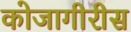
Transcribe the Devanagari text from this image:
कोजागीरीस